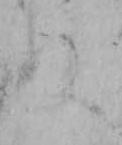
ぬ